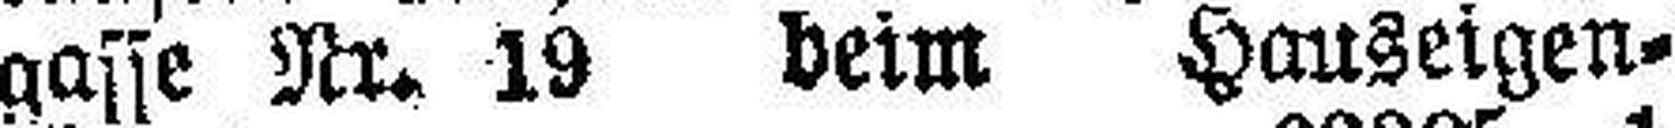
gasse Nr. 19 beim Hauseigen¬